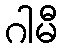
ဂါမီ